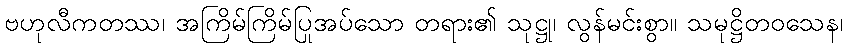
ဗဟုလီကတဿ၊ အကြိမ်ကြိမ်ပြုအပ်သော တရား၏ သုဋ္ဌု၊ လွန်မင်းစွာ။ သမုဋ္ဌိတဝသေန၊